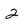
Character: 2